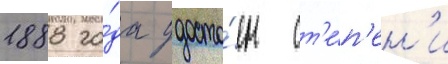
1888 го́да удосто́ен ст'е́п'ен'и